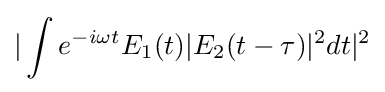
|\int e^{-i\omega t}E_{1}(t)|E_{2}(t-\tau )|^{2}dt|^{2}